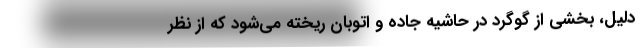
دلیل، بخشی از گوگرد در حاشیه جاده و اتوبان ریخته می‌شود که از نظر